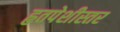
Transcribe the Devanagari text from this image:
हृतपेशीस्तर